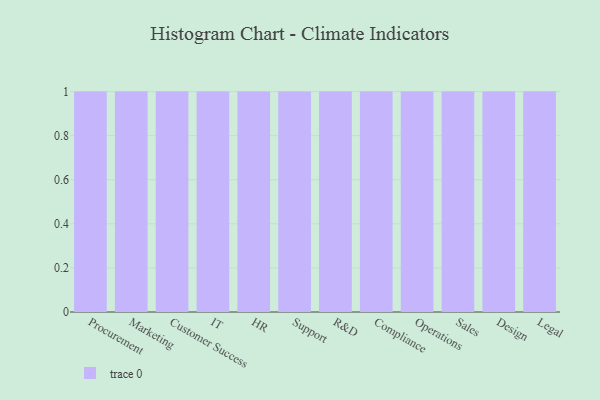
{"axis": {"x": "Department", "y": "Page Views"}, "legend": [""], "data": [{"x": "Procurement", "y": 17, "type": ""}, {"x": "Marketing", "y": 34, "type": ""}, {"x": "Customer Success", "y": 27, "type": ""}, {"x": "IT", "y": 11, "type": ""}, {"x": "HR", "y": 6, "type": ""}, {"x": "Support", "y": 60, "type": ""}, {"x": "R&D", "y": 14, "type": ""}, {"x": "Compliance", "y": 84, "type": ""}, {"x": "Operations", "y": 15, "type": ""}, {"x": "Sales", "y": 25, "type": ""}, {"x": "Design", "y": 43, "type": ""}, {"x": "Legal", "y": 80, "type": ""}]}